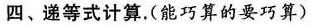
四、递等式计算.(能巧算的要巧算)